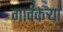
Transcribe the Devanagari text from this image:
गावकऱ्यां